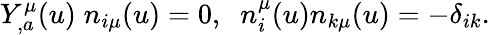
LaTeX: Y_{,a}^{\mu}(u)\; n_{i\mu}(u)=0,\; \; n_{i}^{\mu}(u)n_{k\mu}(u)=-\delta_{ik}.